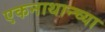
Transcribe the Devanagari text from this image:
एकनाथान्च्या